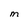
Character: m